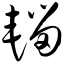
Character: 辎